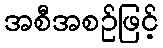
အစီအစဉ်ဖြင့်